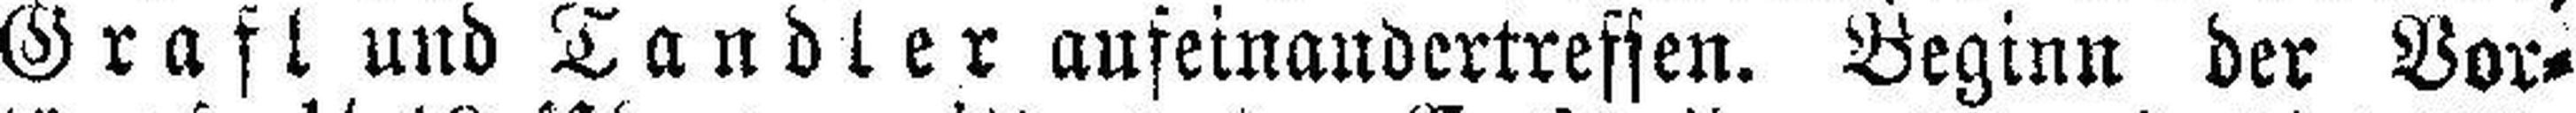
Graft und Tandler auseinandertressen. Beginn der Vor¬